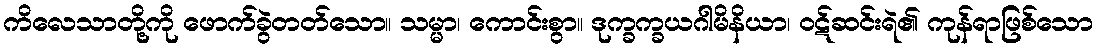
ကိလေသာတို့ကို ဖောက်ခွဲတတ်သော။ သမ္မာ၊ ကောင်းစွာ။ ဒုက္ခက္ခယဂါမိနိယာ၊ ဝဋ်ဆင်းရဲ၏ ကုန်ရာဖြစ်သော